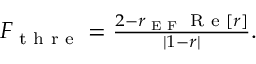
\begin{array} { r } { F _ { \textrm { t h r e } } = \frac { 2 - r _ { \textrm { E F } } \textrm { R e } [ r ] } { | 1 - r | } . } \end{array}